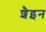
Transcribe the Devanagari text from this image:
शैइन